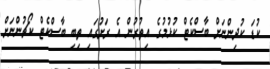
ކުޑަ ކުދިންނަށް ބާސްކެޓް ކުޅުމުގެ އިތުރުން އެ ރަށުގައި ތިބި ބާސްކެޓް ކޯޗުންނަށް